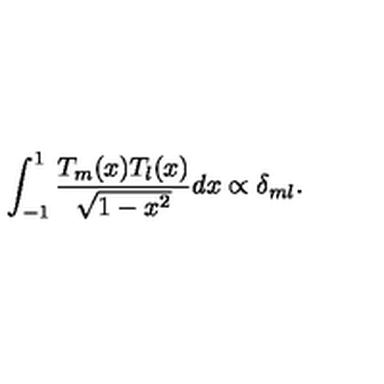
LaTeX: \int _ { - 1 } ^ { 1 } { \frac { T _ { m } ( x ) T _ { l } ( x ) } { \sqrt { 1 - x ^ { 2 } } } } d x \propto \delta _ { m l } .